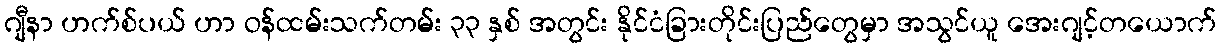
ဂျီနာ ဟက်စ်ပယ် ဟာ ဝန်ထမ်းသက်တမ်း ၃၃ နှစ် အတွင်း နိုင်ငံခြားတိုင်းပြည်တွေမှာ အသွင်ယူ အေးဂျင့်တယောက်